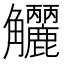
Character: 𧥗